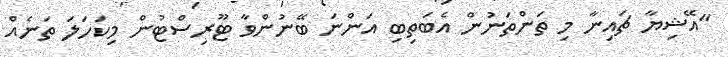
"އޭޝިޔާ ޗައިނާ މި ތަންތަނުން އެބަތިބި އަންނަ ބޭނުންވާ ޓޫރިސްޓުން މިކަހަލަ ތަނެއް